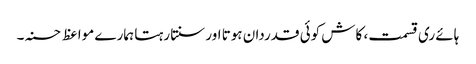
ہائے ری قسمت، کاش کوئی قدردان ہوتا اور سنتا رہتا ہمارے مواعظ حسنہ۔